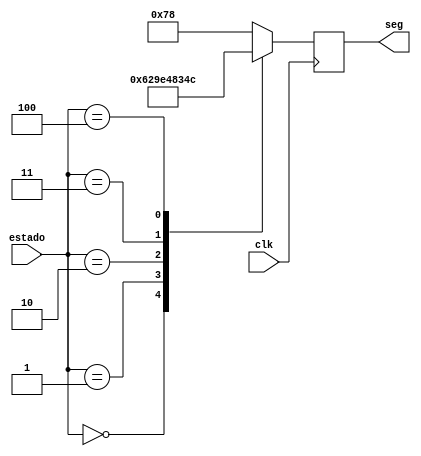
`timescale 1ns / 1ps
//////////////////////////////////////////////////////////////////////////////////
// Company: 
// Engineer: 
// 
// Design Name: 
// Module Name:    estadoto7seg 
// Project Name: 
// Target Devices: 
// Tool versions: 
// Description: 
//
// Dependencies: 
//
// Revision: 
// Revision 0.01 - File Created
// Additional Comments: 
//
//////////////////////////////////////////////////////////////////////////////////
module estadoto7seg(input wire [2:0] estado,input wire clk, output reg [6:0] seg
    );



initial begin 

seg <= 7'b0000000;
end


always @(posedge clk) begin
case(estado) 

3'b000:begin 
seg <= 7'b1100010;
end

3'b001:begin 
seg <= 7'b1001111;
end


3'b010:begin 
seg <= 7'b0010010;
end

3'b011:begin 
seg <= 7'b0000110;
end


3'b100:begin 
seg <= 7'b1001100;
end




default: seg <= 7'b1111000;





endcase



end






endmodule